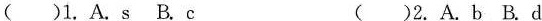
()1, A.S B. C ()2. A.B B. D